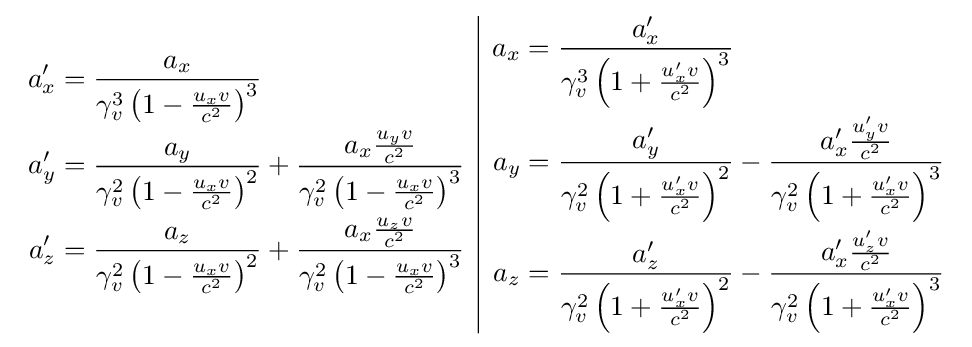
{\begin{array}{c|c}{\begin{aligned}a_{x}^{\prime }&={\frac {a_{x}}{\gamma _{v}^{3}\left(1-{\frac {u_{x}v}{c^{2}}}\right)^{3}}}\\a_{y}^{\prime }&={\frac {a_{y}}{\gamma _{v}^{2}\left(1-{\frac {u_{x}v}{c^{2}}}\right)^{2}}}+{\frac {a_{x}{\frac {u_{y}v}{c^{2}}}}{\gamma _{v}^{2}\left(1-{\frac {u_{x}v}{c^{2}}}\right)^{3}}}\\a_{z}^{\prime }&={\frac {a_{z}}{\gamma _{v}^{2}\left(1-{\frac {u_{x}v}{c^{2}}}\right)^{2}}}+{\frac {a_{x}{\frac {u_{z}v}{c^{2}}}}{\gamma _{v}^{2}\left(1-{\frac {u_{x}v}{c^{2}}}\right)^{3}}}\end{aligned}}&{\begin{aligned}a_{x}&={\frac {a_{x}^{\prime }}{\gamma _{v}^{3}\left(1+{\frac {u_{x}^{\prime }v}{c^{2}}}\right)^{3}}}\\a_{y}&={\frac {a_{y}^{\prime }}{\gamma _{v}^{2}\left(1+{\frac {u_{x}^{\prime }v}{c^{2}}}\right)^{2}}}-{\frac {a_{x}^{\prime }{\frac {u_{y}^{\prime }v}{c^{2}}}}{\gamma _{v}^{2}\left(1+{\frac {u_{x}^{\prime }v}{c^{2}}}\right)^{3}}}\\a_{z}&={\frac {a_{z}^{\prime }}{\gamma _{v}^{2}\left(1+{\frac {u_{x}^{\prime }v}{c^{2}}}\right)^{2}}}-{\frac {a_{x}^{\prime }{\frac {u_{z}^{\prime }v}{c^{2}}}}{\gamma _{v}^{2}\left(1+{\frac {u_{x}^{\prime }v}{c^{2}}}\right)^{3}}}\end{aligned}}\end{array}}